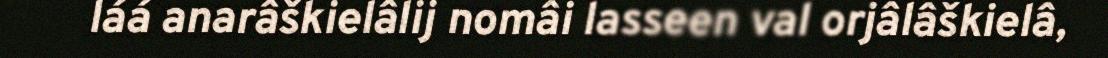
láá anarâškielâlij nomâi lasseen val orjâlâškielâ,